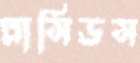
প্লাসিডস